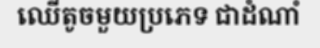
ឈើតូចមួយប្រភេទ ជាដំណាំ